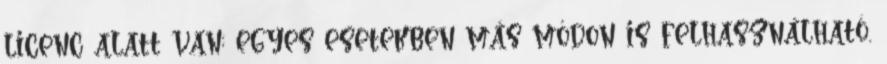
licenc alatt van; egyes esetekben más módon is felhasználható.